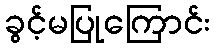
ခွင့်မပြုကြောင်း